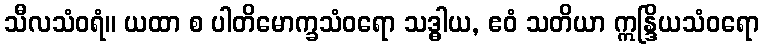
သီလသံဝရံ။ ယထာ စ ပါတိမောက္ခသံဝရော သဒ္ဓါယ, ဧဝံ သတိယာ ဣန္ဒြိယသံဝရော